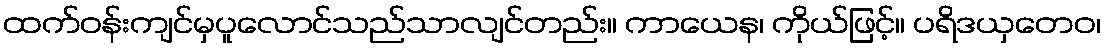
ထက်ဝန်းကျင်မှပူလောင်သည်သာလျင်တည်း။ ကာယေန၊ ကိုယ်ဖြင့်။ ပရိဒယှတေဝ၊